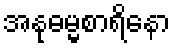
အနုဓမ္မစာရိနော